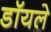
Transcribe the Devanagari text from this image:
डॉयले